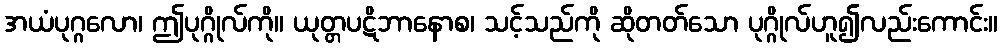
အယံပုဂ္ဂလော၊ ဤပုဂ္ဂိုလ်ကို။ ယုတ္တပဋိဘာနောစ၊ သင့်သည်ကို ဆိုတတ်သော ပုဂ္ဂိုလ်ဟူ၍လည်းကောင်း။